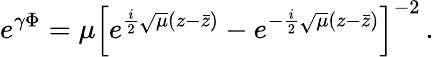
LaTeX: e^{\gamma\Phi}=\mu\left[e^{\frac i2\sqrt{\mu}(z-\bar{z})}-e^{-\frac i2\sqrt{\mu}(z-\bar{z})}\right]^{-2}\, .